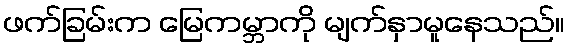
ဖက်ခြမ်းက မြေကမ္ဘာကို မျက်နှာမူနေသည်။